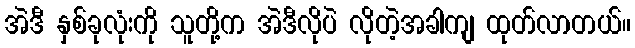
အဲဒီ နှစ်ခုလုံးကို သူတို့က အဲဒီလိုပဲ လိုတဲ့အခါကျ ထုတ်လာတယ်။